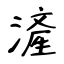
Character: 滻